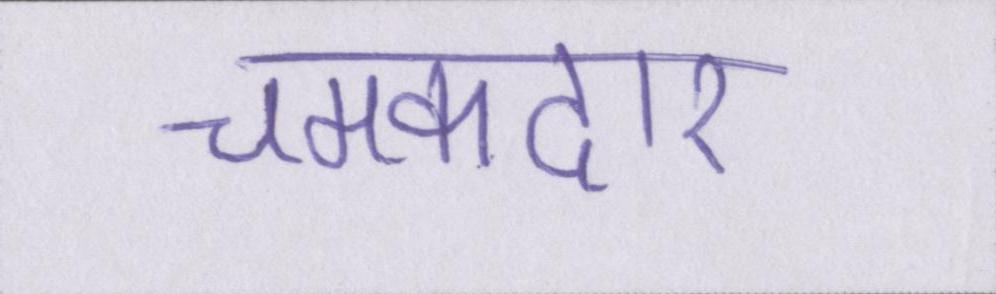
चमकदार